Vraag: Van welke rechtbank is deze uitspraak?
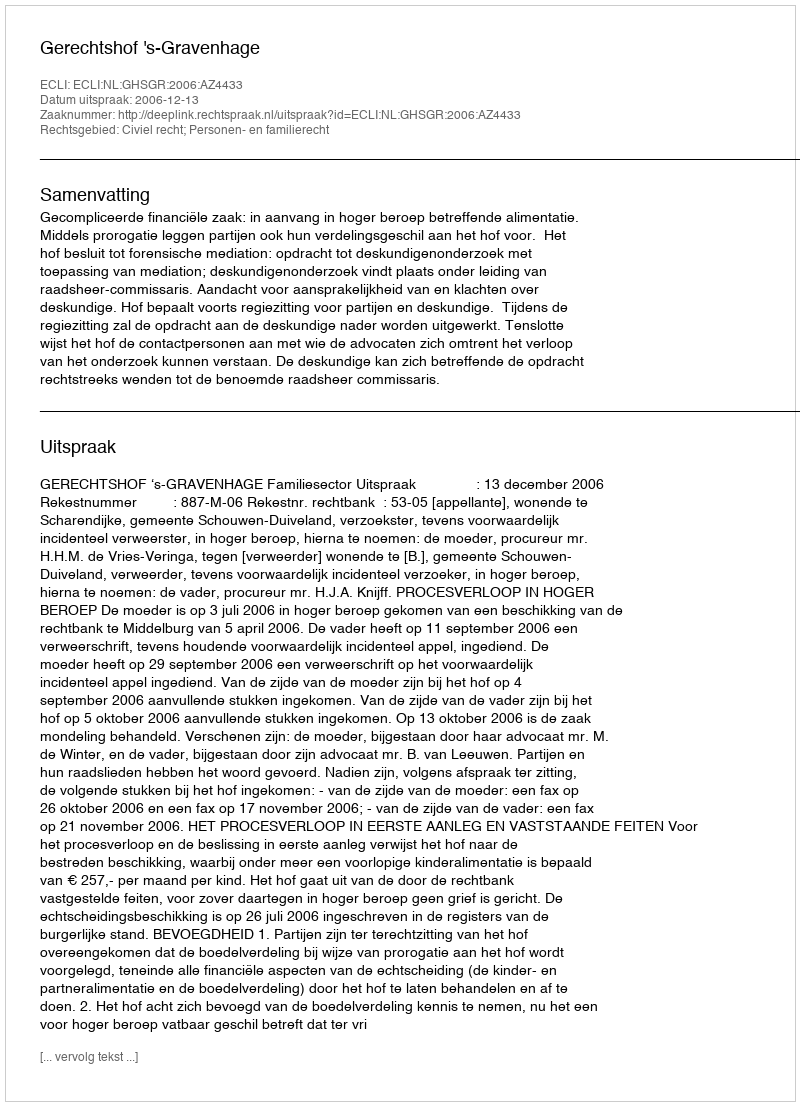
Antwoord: Gerechtshof 's-Gravenhage